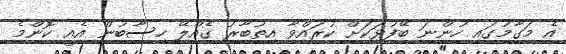
އެ މަގާމުގައި ހުންނަ ބޭފުޅަކަށް ކުރައްވާ އިތުބާރު ގެއްލޭ ހިސާބުން އެއީ ކޮންމެ